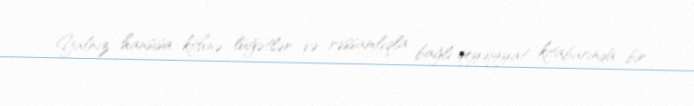
Yalnız hansısa köhnə lüğətlər və rəssamlıqla bağlı qeydiyyat kitabarında bir